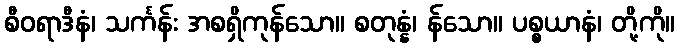
စီဝရာဒီနံ၊ သင်္ကန်း အစရှိကုန်သော။ စတုန္နံ၊ န်သော။ ပစ္စယာနံ၊ တို့ကို။